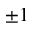
\pm 1